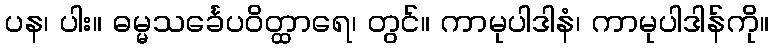
ပန၊ ပါး။ ဓမ္မသင်္ခေပဝိတ္ထာရေ၊ တွင်။ ကာမုပါဒါနံ၊ ကာမုပါဒါန်ကို။